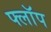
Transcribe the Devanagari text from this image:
फ्लाॅप